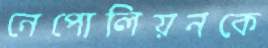
নেপোলিয়নকে